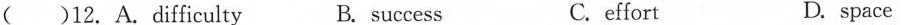
( )12. A. difficulty B. success C.effort D. space